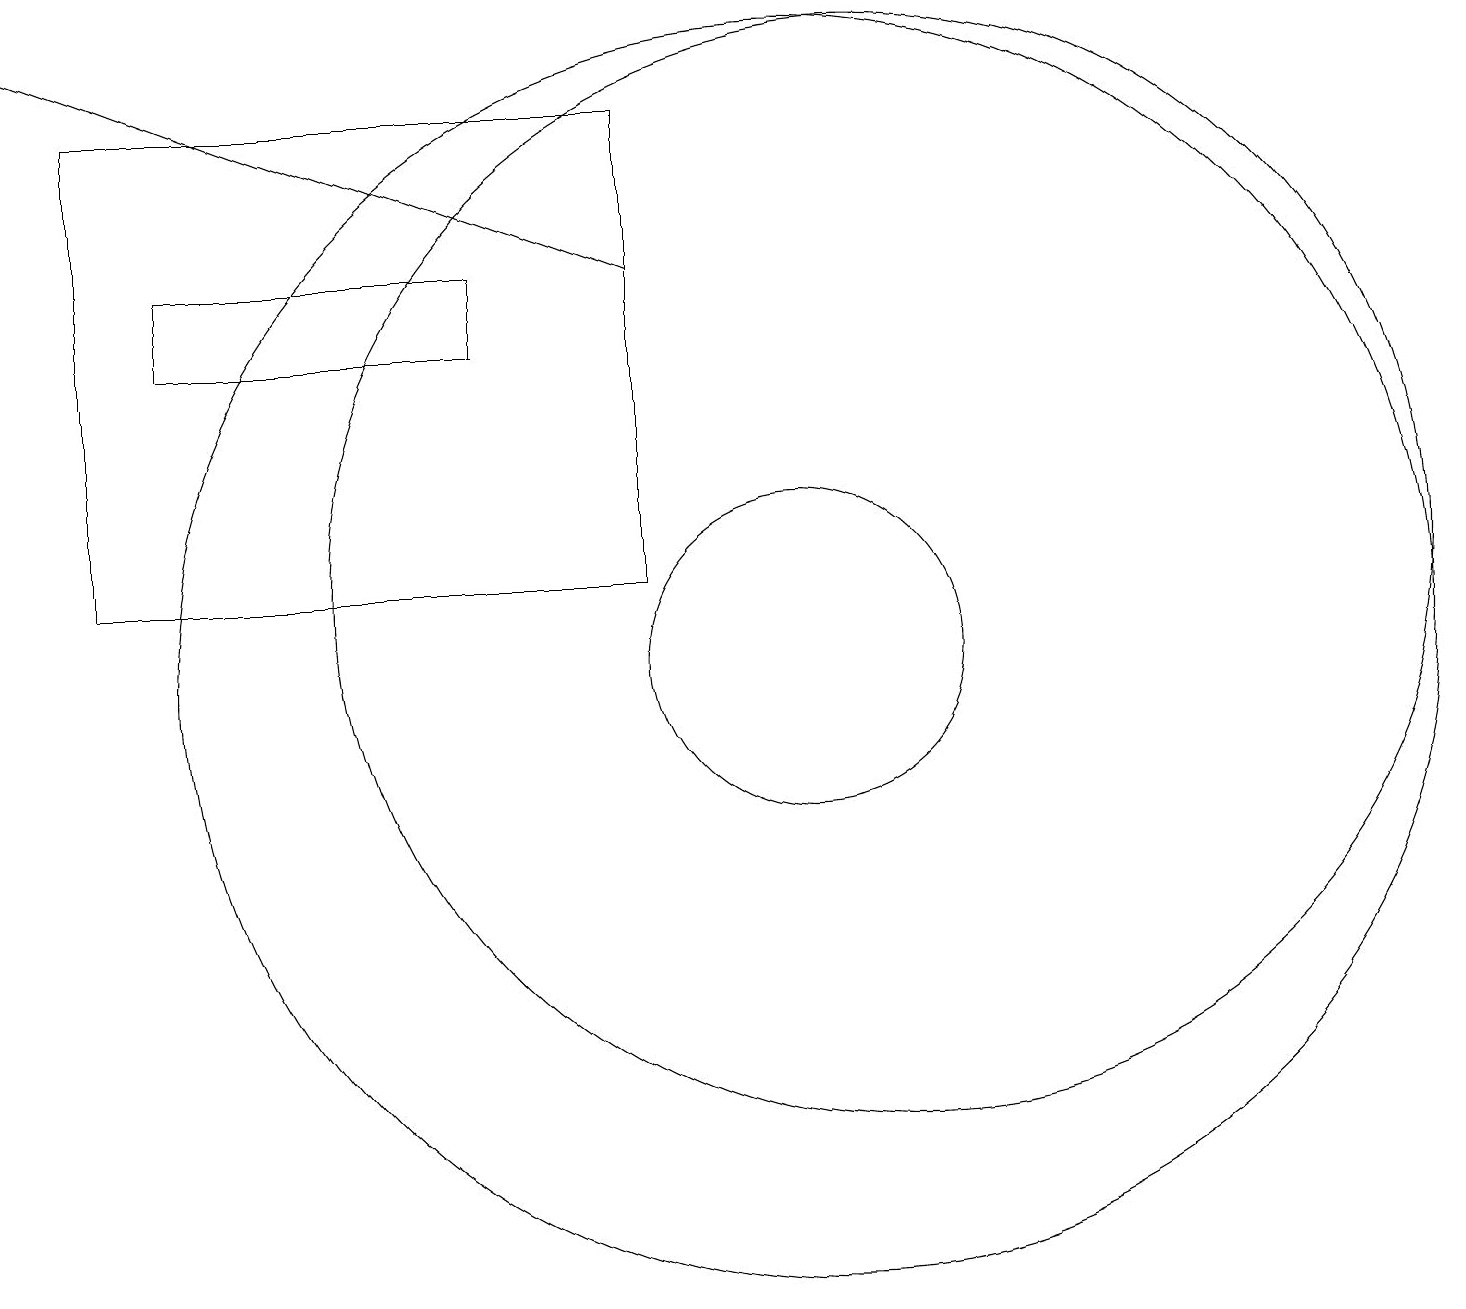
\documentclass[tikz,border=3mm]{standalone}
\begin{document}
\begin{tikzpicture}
\draw[->] (8,15) -- (0,18);
\draw (8,17) rectangle (1,11);
\draw (10,10) circle (8);
\draw (6,15) rectangle (2,14);
\draw (10,10) circle (2);
\draw (11,11) circle (7);
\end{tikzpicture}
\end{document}